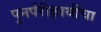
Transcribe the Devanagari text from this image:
पुनर्परीक्षार्थीचा